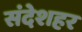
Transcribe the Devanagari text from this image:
संदेशहर